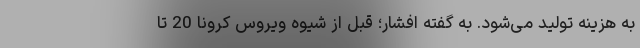
به هزینه تولید می‌شود. به گفته افشار؛ قبل از شیوه ویروس کرونا 20 تا